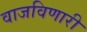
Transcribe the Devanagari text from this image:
वाजविणारी